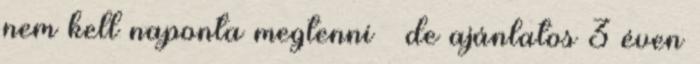
nem kell naponta megtenni – de ajánlatos 3 éven